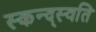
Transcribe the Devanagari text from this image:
स्कन्द्स्वति